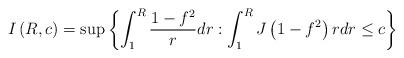
LaTeX: \begin{align*} I\left(R,c\right)=\sup\left\{\int_{1}^{R}\frac{1-f^{2}}{r}dr:\int_{1}^{R}J\left(1-f^{2}\right)rdr\leq c\right\}\end{align*}